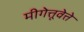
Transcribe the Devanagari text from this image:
मीगेत्तूवेत्ते